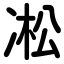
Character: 凇